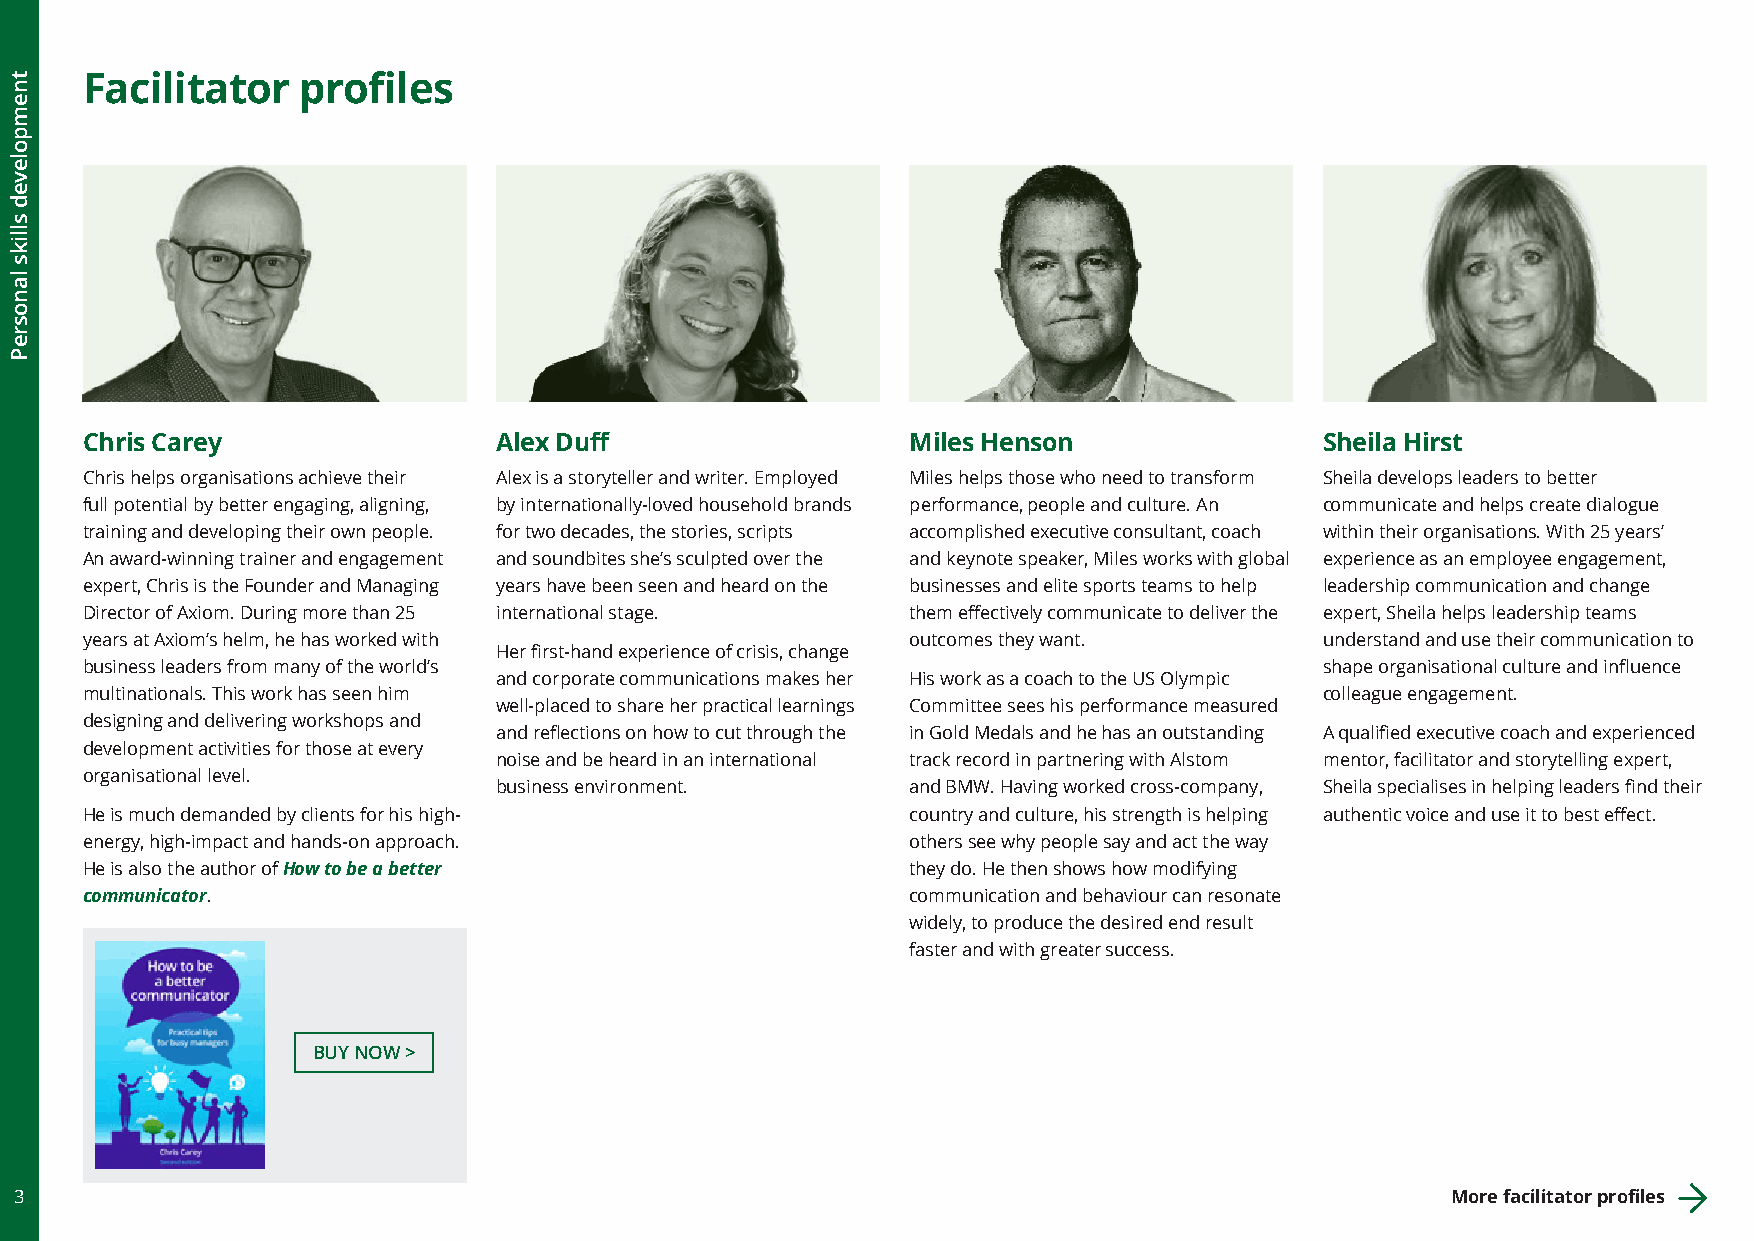
Facilitator    profiles
 Chris Carey                 Alex Duff                  Miles Henson                Sheila Hirst
 Chris helps organisations achieve their Alex is a storyteller and writer. Employed Miles helps those who need to transform Sheila develops leaders to better
 full potential by better engaging, aligning, by internationally-loved household brands performance, people and culture. An communicate and helps create dialogue
 training and developing their own people. for two decades, the stories, scripts accomplished executive consultant, coach within their organisations. With 25 years’
 An award-winning trainer and engagement and soundbites she’s sculpted over the and keynote speaker, Miles works with global experience as an employee engagement,
 expert, Chris is the Founder and Managing years have been seen and heard on the businesses and elite sports teams to help leadership communication and change
 Director of Axiom. During more than 25 international stage. them effectively communicate to deliver the expert, Sheila helps leadership teams
 years at Axiom’s helm, he has worked with              outcomes they want.         understand and use their communication to
 Her first-hand experience of crisis, change
 business leaders from many of the world’s                                          shape organisational culture and influence
 and corporate communications makes her His work as a coach to the US Olympic
 multinationals. This work has seen him                                             colleague engagement.
 well-placed to share her practical learnings Committee sees his performance measured
 designing and delivering workshops and
 and reflections on how to cut through the in Gold Medals and he has an outstanding A qualified executive coach and experienced
 development activities for those at every
 noise and be heard in an international track record in partnering with Alstom mentor, facilitator and storytelling expert,
 organisational level.
 business environment.      and BMW. Having worked cross-company, Sheila specialises in helping leaders find their
 He is much demanded by clients for his high-           country and culture, his strength is helping authentic voice and use it to best effect.
 energy, high-impact and hands-on approach.             others see why people say and act the way
 He is also the author of How to be a better            they do. He then shows how modifying
 communicator.                                          communication and behaviour can resonate
 widely, to produce the desired end result
 faster and with greater success.
 BUY NOW >
 3                                                                                              More facilitator profiles
 tnempoleved
 slliks
 lanosreP